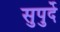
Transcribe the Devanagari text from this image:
सुपुर्दे